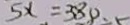
5 x = 3 8 0